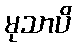
မုသာပိ